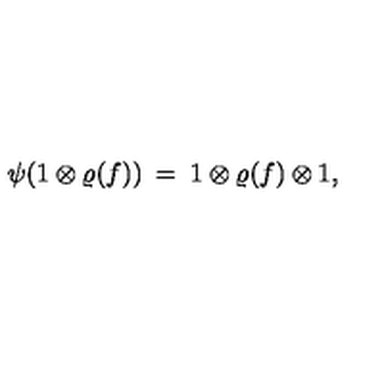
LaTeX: \psi ( 1 \otimes \varrho ( f ) ) \: = \: 1 \otimes \varrho ( f ) \otimes 1 ,